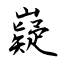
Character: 嶷